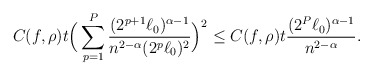
\begin{align*}C(f,\rho)t\Big(\sum_{p=1}^P{\frac{(2^{p+1}\ell_0)^{\alpha-1}}{n^{2-\alpha}(2^p\ell_0)^{2}}}\Big)^2\leq C(f,\rho)t \frac{(2^P\ell_0)^{\alpha-1}}{n^{2-\alpha}}.\end{align*}